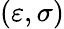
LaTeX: (\varepsilon,\sigma)